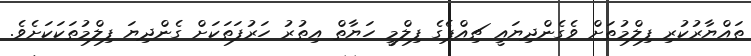
ތައްޔާރުކުރި ފިލްމުތަށް ވެގެންދިޔައީ ޗިއްޕެގެ ފިލްމީ ހަޔާތް އިތުރު ހަރުފަތަކަށް ގެންދިޔަ ފިލްމުތަކަކަށެވެ.